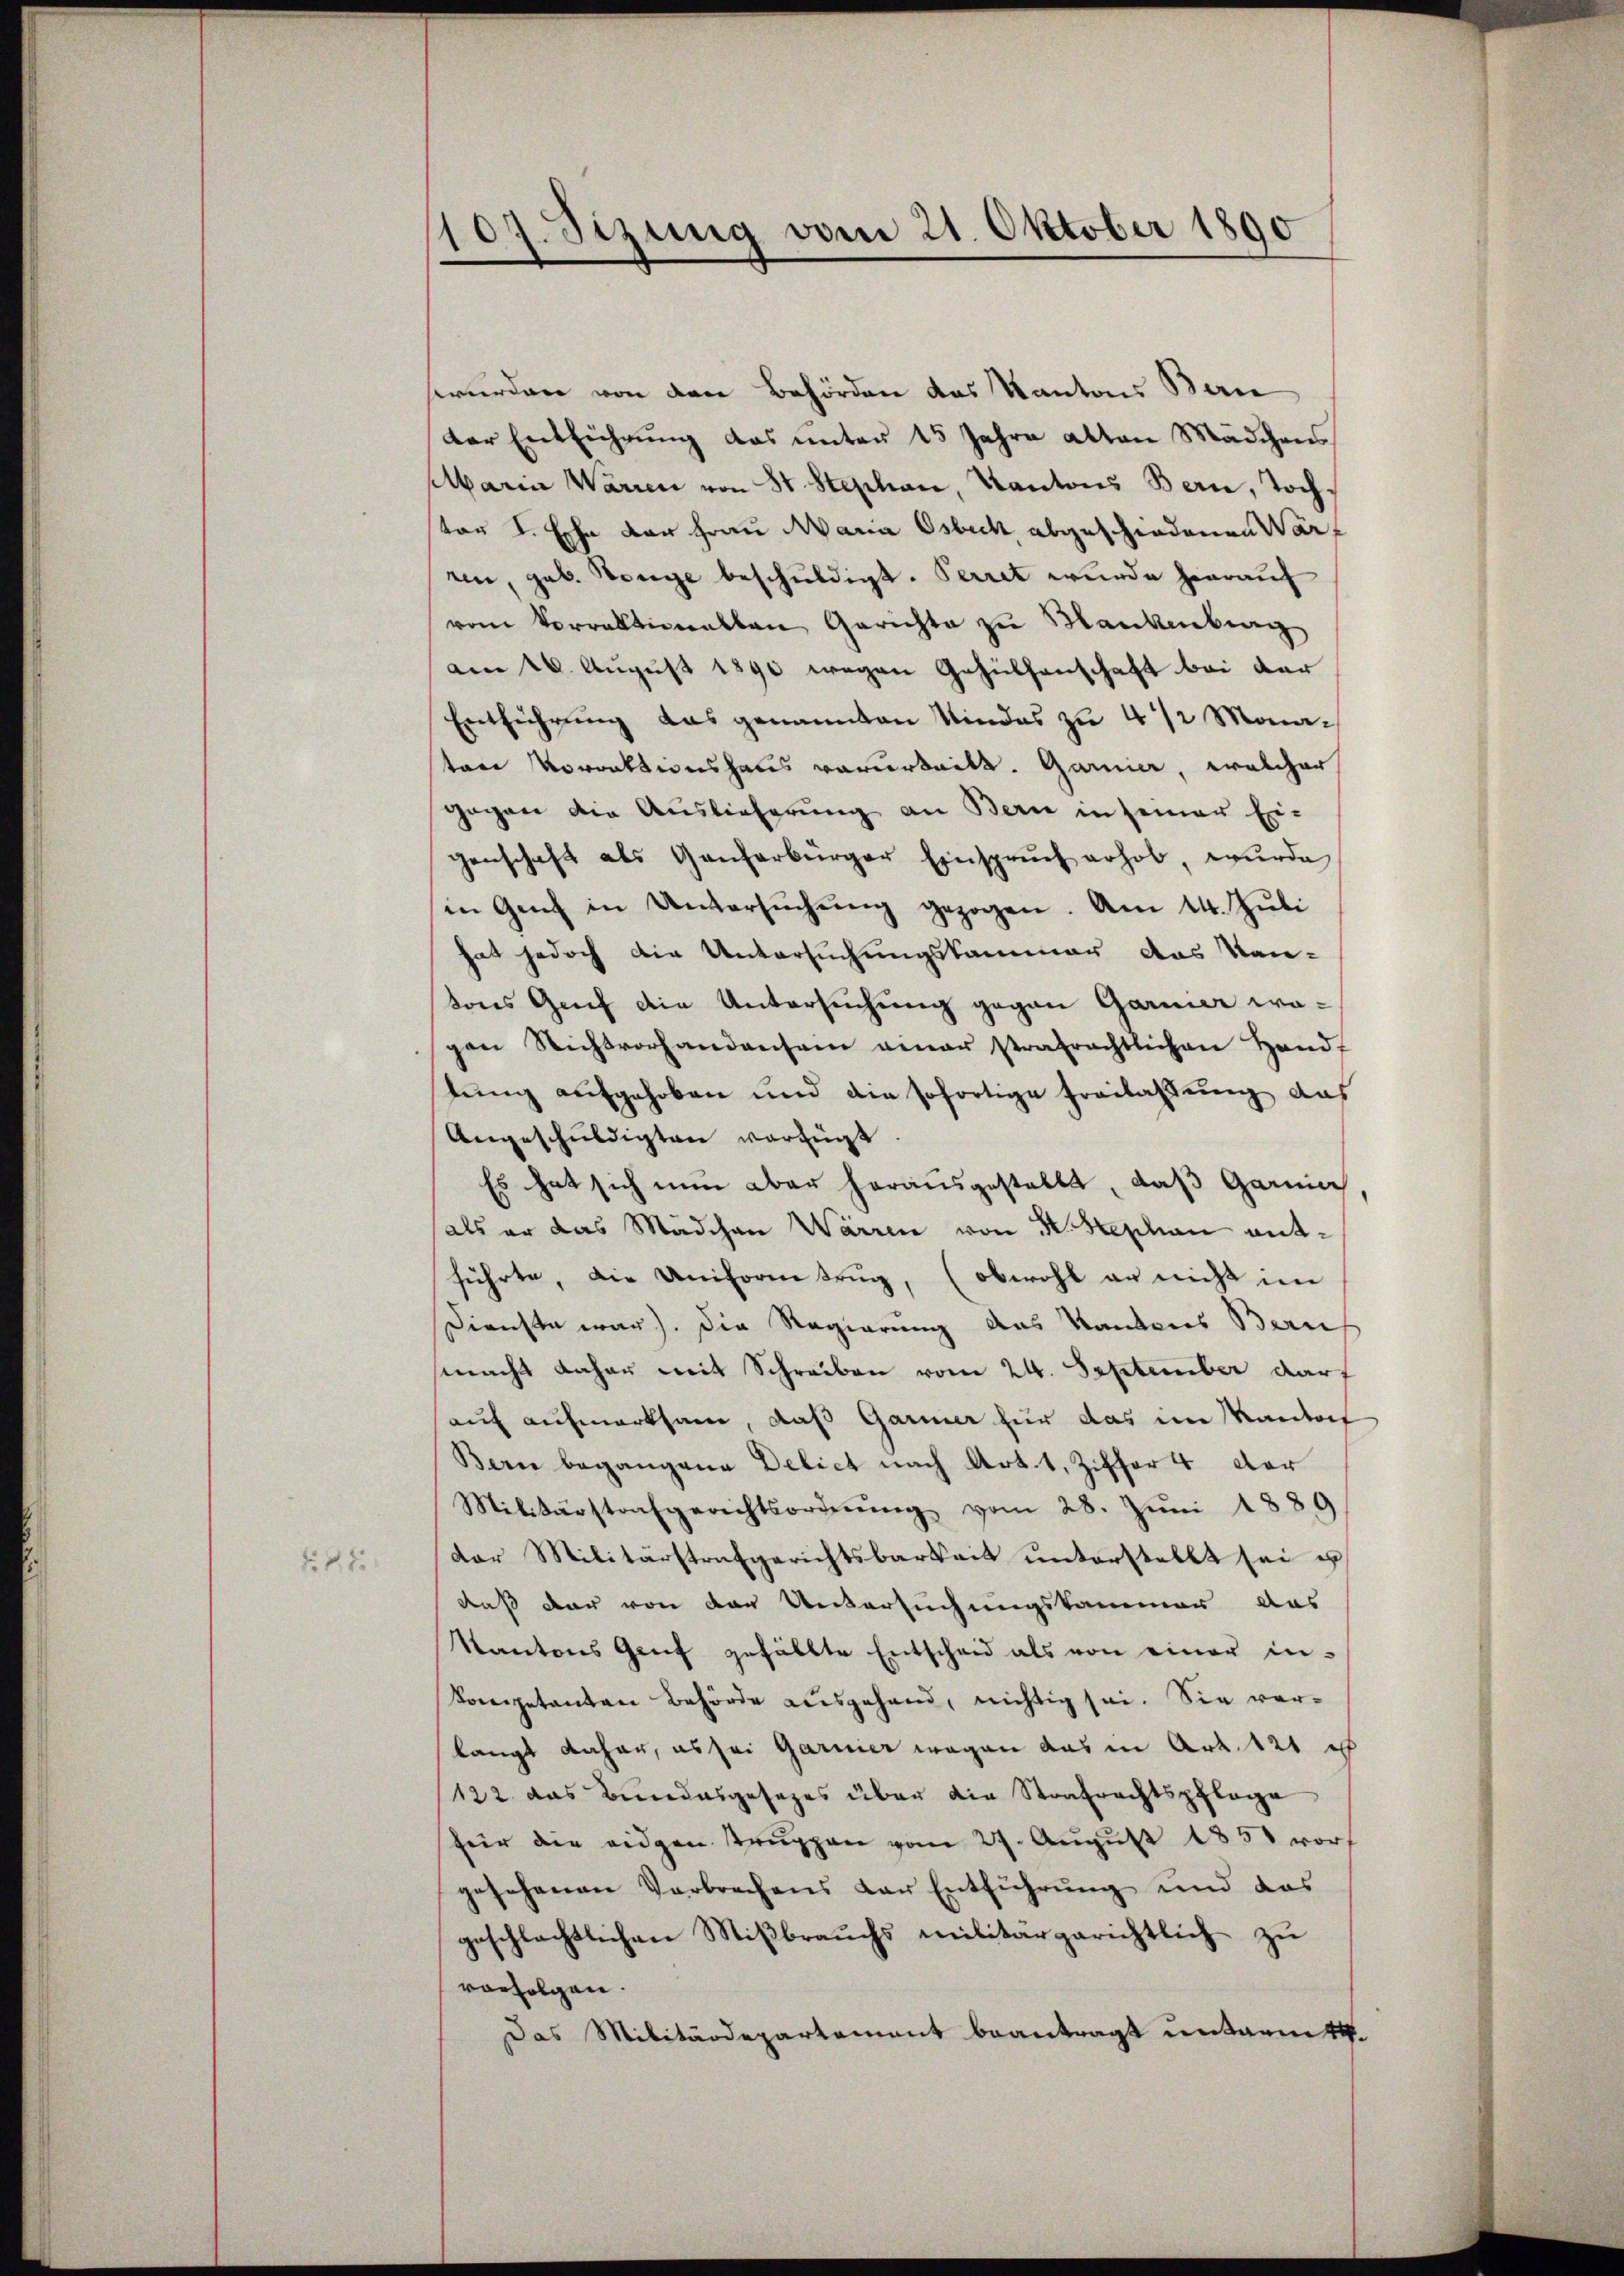
85

107. Sizung vom 21. Oktober 1890

wurden von den Behörden das Kantons Bern
Der Entführung das unter 15 Jahre alten Mädchens
baria Warren von St. Stephan, Kantons Bern, Tochtor L. Ehe der Frau Maria Osbeck abgeschiedenen Wart
ren, geb. Henge beschuldigt. Perret wurde hierauf
vom Vorrationalen Gericht zu Blanken
am 26. August 1890 wegen Gehülfenschaft bei der
Entführung das genannten Kindes zu 4 1/2 Monaten Vorrektionshaus vorurteilt. Garnier, welcher
gegen die Auslieferung an Bern in seiner Eri-
genschaft als Ganzerbürger Einsprŭch erhob, wurde
in Genf in Untersŭchŭng gezogen. Am 14. Juli
hat jedoch die Untersuchungskammer das Kan-
tons Genf die Untersuchung gegen Garmer wagen Richtvorhandensein einer strafrechtlichen Handf
tung aufgehoben und die sofortige Freilassung das
Angeschŭldigten verfügt.
Es hat sich nun aber herausgestellt, daß Garnia
als er das Mädchen Warren von H. Stephan antführte, die Uniformtrug, (obwohl er nicht im
Dienste war). Die Regierung des Kantons Bern
macht daher mit Schreiben vom 24. September darf
auf aufmerksam, daß Garmer für das im Kantons
Bern begangene Delict nach Art. 1, Ziffer 4 der
Militärstrafgerichtsordnŭng vom 28. Jŭni 1889
der Militärstrafgerichtsbarkeit ŭnterstellt sei u
daß der von der Untersuchungskammer das
Kantons Genf gefällte Entscheid als von einer in-
kompetenten Behörde ausgehand, nichtig sei. Sie verlangt daher, es sei Garnier wegen das in Art. 121 u
122. das Bundesgesezes über die Strafrechtspflege
feir die eidgen. Trŭppen vom 27. Aŭgŭst 1850 vorf
gesehenen Verbrechens der Entführung und das
geschlachtlichen Miβbraŭchs militärgerichtlich zŭ
vorfolgen.
Das Militärdepartement beantragt unterm 14.